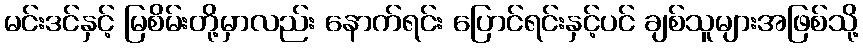
မင်းဒင်နှင့် မြစိမ်းတို့မှာလည်း နောက်ရင်း ပြောင်ရင်းနှင့်ပင် ချစ်သူများအဖြစ်သို့